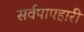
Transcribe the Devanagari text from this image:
सर्वपापहारी